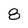
Character: 8